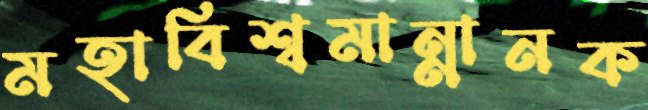
মহাবিশ্বমান্নানক